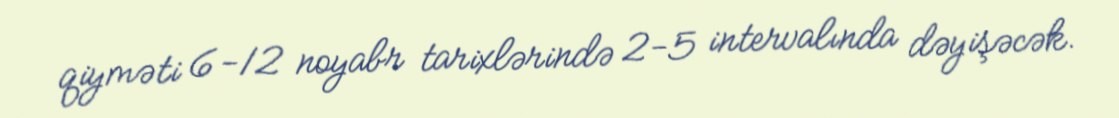
qiyməti 6-12 noyabr tarixlərində 2-5 intervalında dəyişəcək.